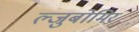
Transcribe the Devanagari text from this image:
ल्जुबोमिर